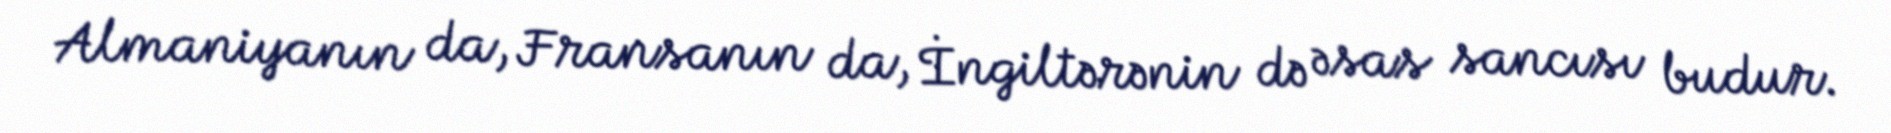
Almaniyanın da, Fransanın da, İngiltərənin də əsas sancısı budur.